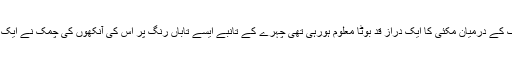
سبز لباس میں ملبوس وہ سڑک کے درمیان مکئی کا ایک دراز قد بوٹا معلوم ہورہی تھی چہرے کے تانبے ایسے تاباں رنگ پر اس کی آنکھوں کی چمک نے ایک عجیب کیفیت پیدا کردی تھی۔